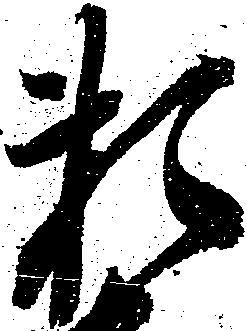
頼